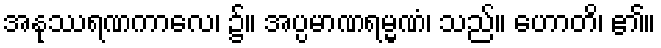
အနုဿရဏကာလေ၊ ၌။ အပ္ပမာဏရမ္မဏံ၊ သည်။ ဟောတိ၊ ၏။